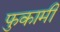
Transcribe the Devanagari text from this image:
फुकामी